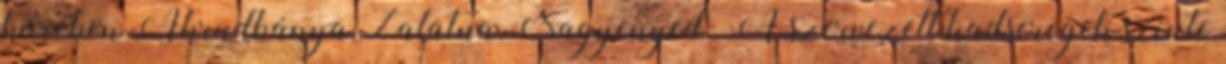
körében Abrudbánya, Zalatna, Nagyenyed . A szervezett hadseregek szinte